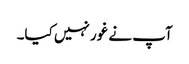
آپ نے غور نہیں کیا۔